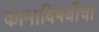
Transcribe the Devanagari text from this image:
कामाविषयीचा